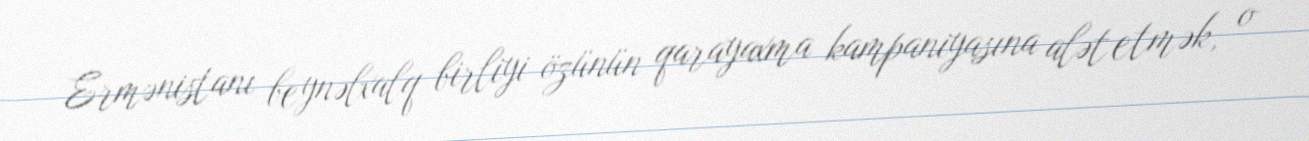
Ermənistanı beynəlxalq birliyi özünün qarayaxma kampaniyasına alət etmək, o